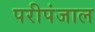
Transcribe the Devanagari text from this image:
परीपंजाल